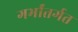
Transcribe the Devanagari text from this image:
गर्भांतर्गत